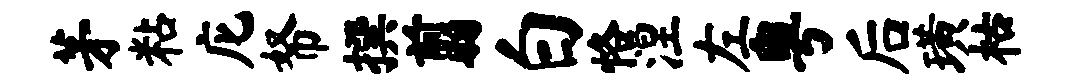
茅粘庀帑撰翦白恪涅左粤后璜枯